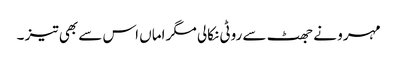
مہرو نے جھٹ سے روٹی نکالی مگر اماں اس سے بھی تیز ۔